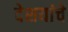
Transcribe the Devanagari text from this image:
देशयांचे